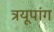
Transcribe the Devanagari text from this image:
त्रयूपांग